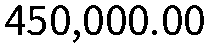
450,000.00